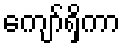
ကျော်ရှိကာ